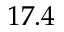
1 7 . 4